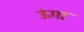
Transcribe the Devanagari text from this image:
ऊंगा